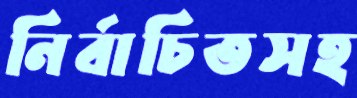
নির্বাচিতসহ